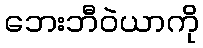
ဘေးဘီဝဲယာကို